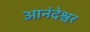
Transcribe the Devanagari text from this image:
आनंदेश्वर